Annual report of the Punjab Veterinary College and of the Civil Veterinary Department, Punjab - 1920-1925
Year: 1920
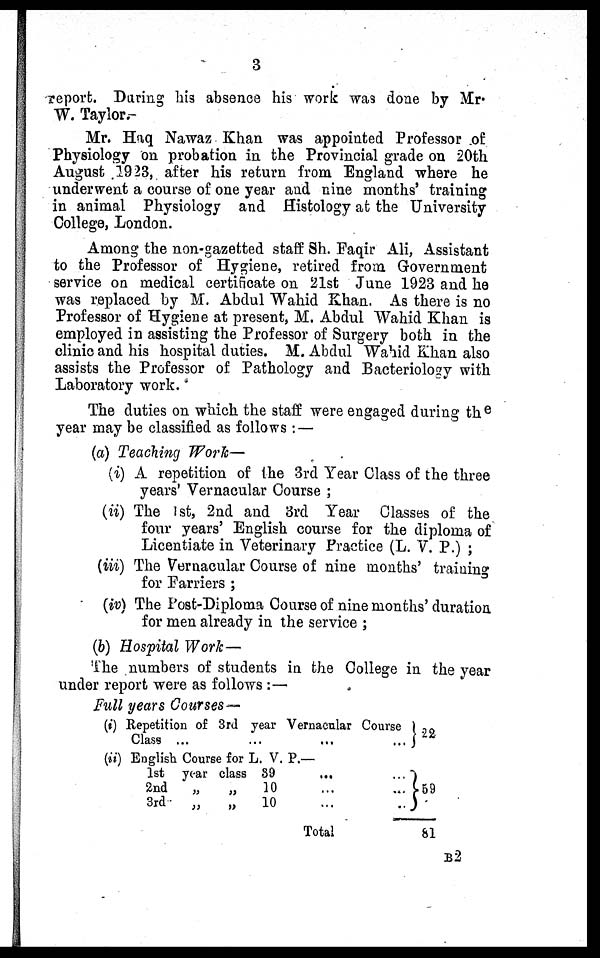
3
report. During his absence his work was done by Mr.
W. Taylor.—
Mr. Haq Nawaz Khan was appointed Professor of
Physiology on probation in the Provincial grade on 20th
August 1923, after his return from England where he
underwent a course of one year and nine months' training
in animal Physiology and Histology at the University
College, London.
Among the non-gazetted staff Sh. Faqir Ali, Assistant
to the Professor of Hygiene, retired from Government
service on medical certificate on 21st June 1923 and he
was replaced by M. Abdul Wahid Khan. As there is no
Professor of Hygiene at present, M. Abdul Wahid Khan is
employed in assisting the Professor of Surgery both in the
clinic and his hospital duties. M. Abdul Wahid Khan also
assists the Professor of Pathology and Bacteriology with
Laboratory work.
The duties on which the staff were engaged during the
year may be classified as follows:—
(a) Teaching Work—
(i) A repetition of the 3rd Year Class of the three
years' Vernacular Course;
(ii) The 1st, 2nd and 3rd Year Classes of the
four years' English course for the diploma of
Licentiate in Veterinary Practice (L. V. P.);
(iii) The Vernacular Course of nine months' training
for Farriers;
(iv) The Post-Diploma Course of nine months' duration
for men already in the service;
(b) Hospital Work—
The numbers of students in the College in the year
under report were as follows:—
Full years Courses—
(i) Repetition of 3rd year Vernacular Course
Class ...
(ii) English Course for L. V. P.—
1st year class
39
...
...
2nd
„
„
10
3rd
„
„
10
Total
}22
59
81
B2